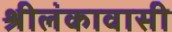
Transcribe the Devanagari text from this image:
श्रीलंकावासी